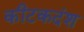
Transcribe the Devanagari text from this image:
कीटकदंश